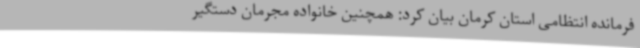
فرمانده انتظامی استان کرمان بیان کرد: همچنین خانواده مجرمان دستگیر